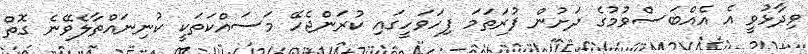
ވިދާޅުވީ އެ އެއްބަސްވުމުގެ ދަށުން ފުރަތަމަ ފިހަވަހީގައި ކުރަންޖެހޭ މަސައްކަތަކީ ކުނިނައްތާލެވޭނެ ގޮތް